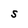
Character: S